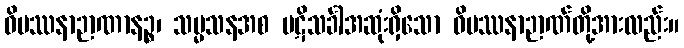
ဝိပဿနာဉာဏာနဉ္စ၊ သမ္မသနအစ ပဋိသင်္ခါအဆုံးရှိသော ဝိပဿနာဉာဏ်တို့အားလည်း။